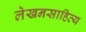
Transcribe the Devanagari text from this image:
लेखनसाहित्य